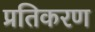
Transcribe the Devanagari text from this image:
प्रतिकरण